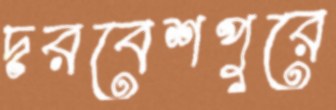
দরবেশপুরে